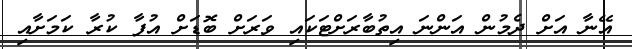
އޭނާ އަށް ދެމުން އަންނަ އިތުބާރަށްޓަކައި ވަރަށް ބޮޑަށް އުފާ ކުރާ ކަމަށާއި